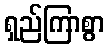
ရှည်ကြာစွာ